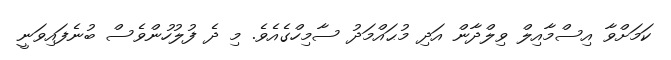
ކަމަށްވާ އިސްމާއިލް ވިލްދާން އަދި މުޙައްމަދު ސާމިހްގެއެވެ. މި ދެ ފުލުހުންވެސް ބުނެފައިވަނީ